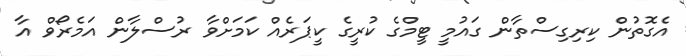
އެގޮތުން ކިރިގިސްތާން ގައުމީ ޓީމްގެ ކުރީގެ ކީޕަރެއް ކަމަށްވާ ރުސްލާން އަމެރޯވް އާ